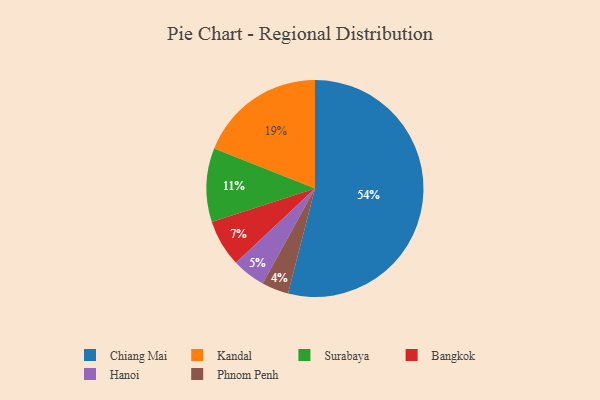
{"axis": {"x": "Category", "y": "Percentage"}, "legend": ["Bangkok", "Chiang Mai", "Hanoi", "Kandal", "Phnom Penh", "Surabaya"], "data": [{"x": "Bangkok", "y": 7, "type": "Bangkok"}, {"x": "Kandal", "y": 19, "type": "Kandal"}, {"x": "Phnom Penh", "y": 4, "type": "Phnom Penh"}, {"x": "Hanoi", "y": 5, "type": "Hanoi"}, {"x": "Chiang Mai", "y": 54, "type": "Chiang Mai"}, {"x": "Surabaya", "y": 11, "type": "Surabaya"}]}